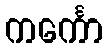
ကင်္ကော